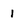
Character: 1